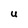
Character: U